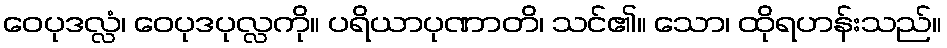
ဝေပုဒလ္လံ၊ ဝေပုဒပုလ္လကို။ ပရိယာပုဏာတိ၊ သင်၏။ သော၊ ထိုရဟန်းသည်။